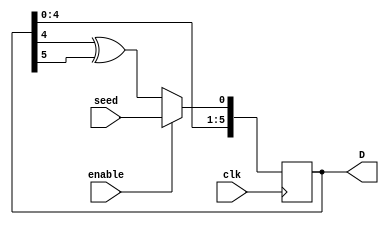
module S1061534_lab3 (D , clk , enable , seed);
	input clk, enable, seed;//set value
	output [5:0] D;
	reg [5:0] D;//in loop we need set to reg
	always @(posedge clk)//use positive edge triger
	begin//deliver in same time
		D[0]<=enable?seed:D[4]^D[5];//if enable==1 D[0]=seed else D[0]=D[4] xor D[5]
		D[1]<=D[0];
		D[2]<=D[1];
		D[3]<=D[2];
		D[4]<=D[3];
		D[5]<=D[4];
	end	
endmodule